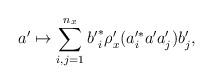
\begin{align*} a' \mapsto \sum_{i,j=1}^{n_x} {b'}_i^\ast \rho_x'(a_i'^\ast a' a_j') b'_j,\end{align*}